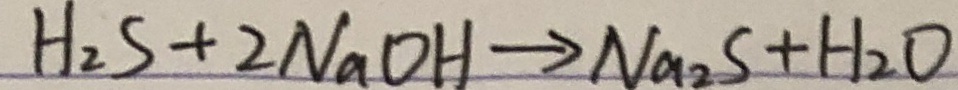
H _ { 2 } S + 2 N a O H \rightarrow N a _ { 2 } S + H _ { 2 } O